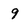
Character: 9